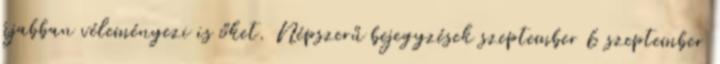
újabban véleményezi is őket. Népszerű bejegyzések szeptember 6 szeptember